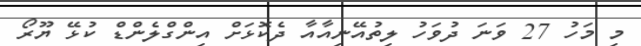
މި މަހު 27 ވަނަ ދުވަހު ލިތުއޭނިއާއާ ދެކޮޅަށް އިންގްލެންޑް ކުޅޭ ޔޫރޯ